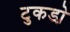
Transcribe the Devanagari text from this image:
टुकडो़